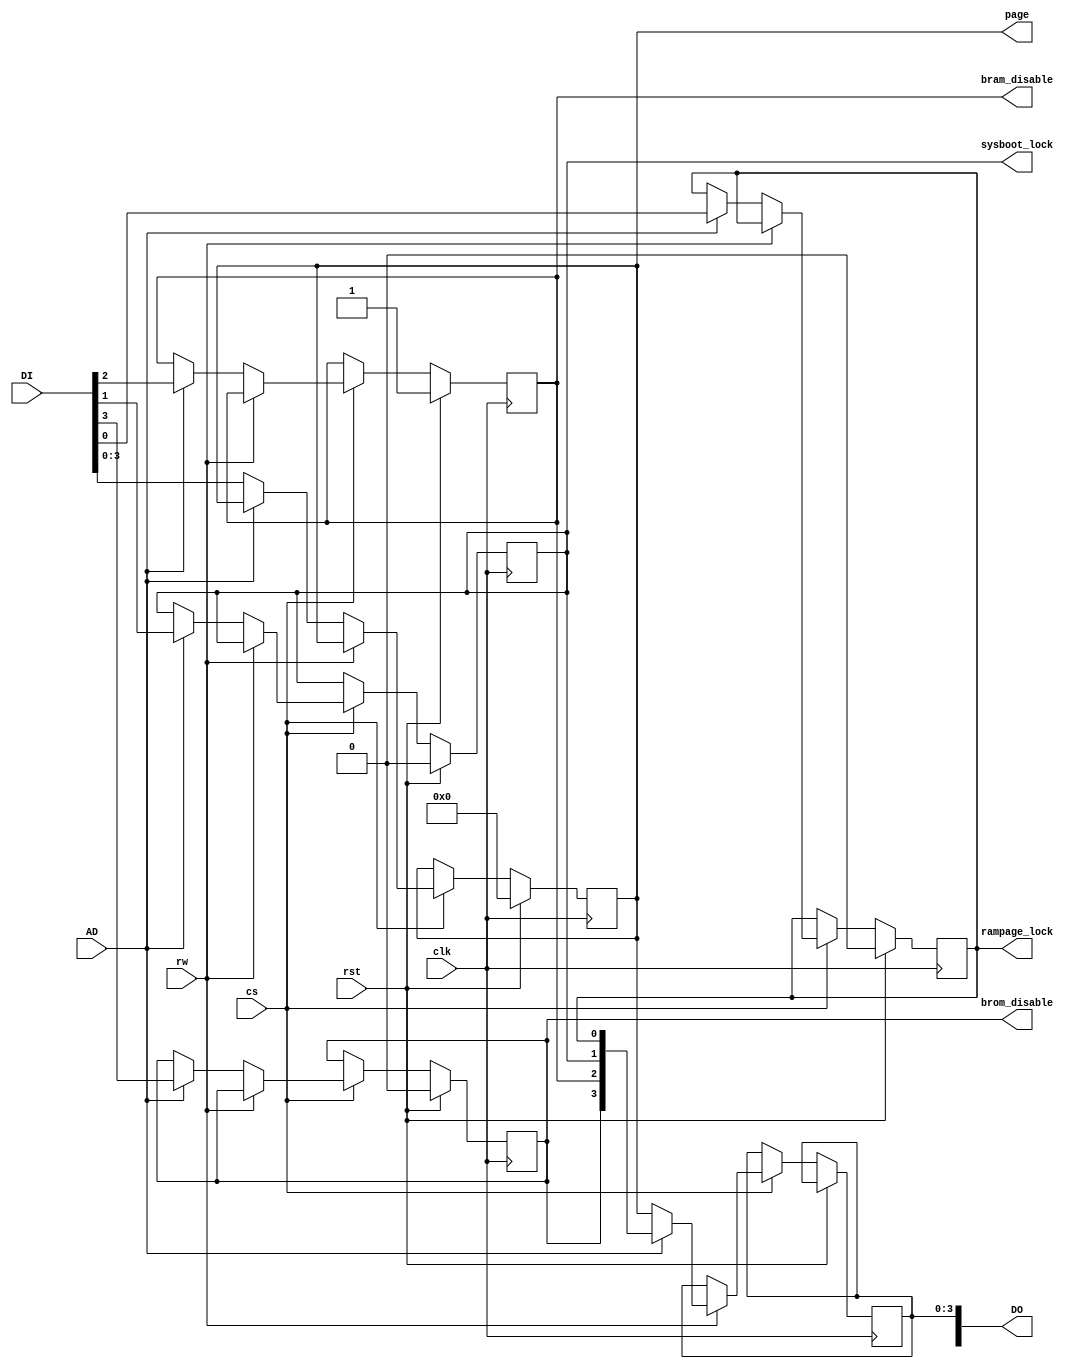
module pagesel (
	input wire clk,
	input wire rst,
	input wire AD,
	input wire [7:0] DI,
	output reg [7:0] DO,
	input wire rw,
	input wire cs,

	output reg [3:0] page,
	output reg rampage_lock,
	output reg sysboot_lock,
	output reg bram_disable,
	output reg brom_disable
);
	always @ (posedge clk) begin
		if (rst) begin
			page <= 4'b0000;
			rampage_lock <= 0;
			sysboot_lock <= 0;
			bram_disable <= 1;
			brom_disable <= 0;
		end else begin
			if (cs) begin
				if (rw) begin
					if (AD) DO[3:0] <= {brom_disable, bram_disable, sysboot_lock, rampage_lock};
					else DO[3:0] <= page;
				end else begin
					if (AD) begin
						rampage_lock <= DI[0];
						sysboot_lock <= DI[1];
						bram_disable <= DI[2];
						brom_disable <= DI[3];
					end else page <= DI[3:0];
				end
			end
		end
	end
endmodule